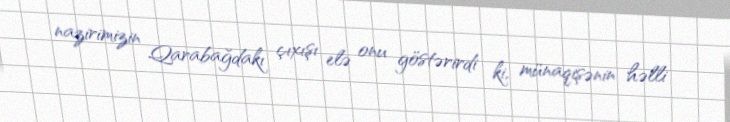
nazirimizin Qarabağdakı çıxışı elə onu göstərirdi ki, münaqişənin həlli